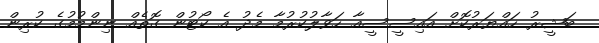
ބަޝީރު ހައްޔަރުކޮށް އައިސީސީއާ ހަވާލުކުރުމާ މެދު އެ ކޯޓުން ގޮތެއް ނިންމުމުގެ ކުރިން